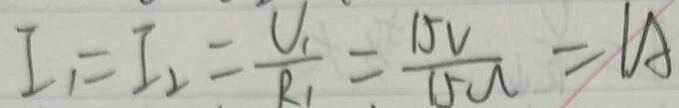
I _ { 1 } = I _ { 2 } = \frac { U _ { 1 } } { R _ { 1 } } = \frac { 1 5 V } { 1 5 \Omega } = 1 A